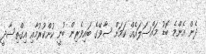
ދެން އެންމެ ބޮޑު މައްސަލައެއް ކަމަށް ސާވޭގެ ބައިވެރިން ބުނީ ކުށްކުރުމާއި އިގްތިސާދީ